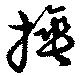
捶